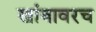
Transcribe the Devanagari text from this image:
खांबावरच